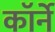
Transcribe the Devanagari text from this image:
कॉर्ने